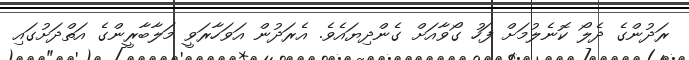
ރަދުންގެ ދެލޯ ކޮނެލުމަށް ފަހު ގޯވާއަށް ގެންދިޔައެވެ. އެރަދުން އަވަހާރަވީ މަލާބާރީންގެ އަތްދަށުގައި